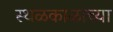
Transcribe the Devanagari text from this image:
स्थळकाळाच्या